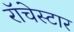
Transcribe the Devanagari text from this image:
रॉचेस्टार